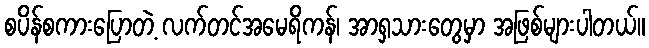
စပိန်စကားပြောတဲ့ လက်တင်အမေရိကန်၊ အာရှသားတွေမှာ အဖြစ်များပါတယ်။